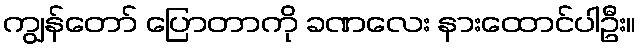
ကျွန်တော် ပြောတာကို ခဏလေး နားထောင်ပါဦး။